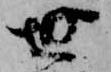
世